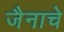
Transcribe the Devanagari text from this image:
जैनाचे